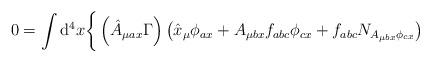
LaTeX: \begin{align*}0=\int\mathrm{d}^4x\bigg\{\left(\hat{A}_{\mu ax}\Gamma\right)\left(\hat{x}_\mu\phi_{ax}+A_{\mu bx}f_{abc}\phi_{cx}+f_{abc}N_{A_{\mu bx}\phi_{cx}}\right)\end{align*}